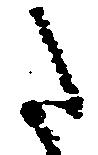
た